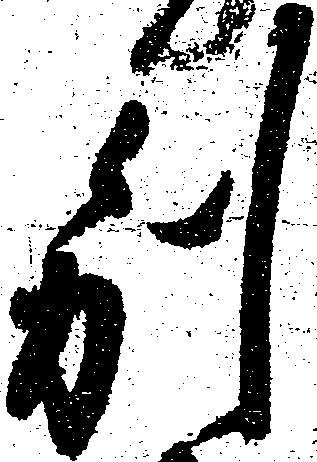
別